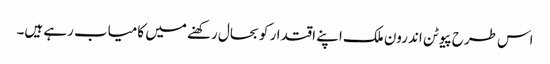
اس طرح پیوٹن اندرون ملک اپنے اقتدار کو بحال رکھنے میں کامیاب رہے ہیں۔